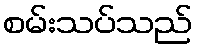
စမ်းသပ်သည်